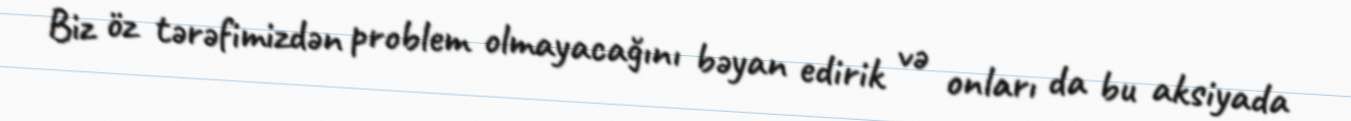
Biz öz tərəfimizdən problem olmayacağını bəyan edirik və onları da bu aksiyada